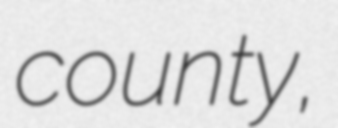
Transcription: county,